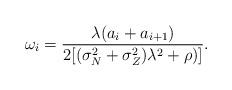
LaTeX: \begin{align*}\omega_i=\frac{\lambda(a_i+a_{i+1})}{2[(\sigma_N^2+\sigma_Z^2)\lambda^2+\rho)]}.\end{align*}